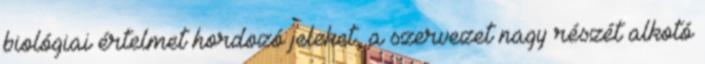
biológiai értelmet hordozó jeleket, a szervezet nagy részét alkotó